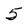
Character: 5